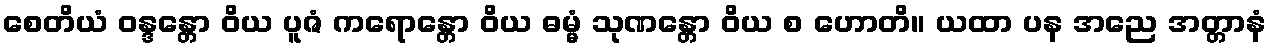
စေတိယံ ဝန္ဒန္တော ဝိယ ပူဇံ ကရောန္တော ဝိယ ဓမ္မံ သုဏန္တော ဝိယ စ ဟောတိ။ ယထာ ပန အညေ အတ္တာနံ